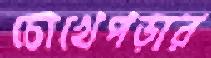
চোখেপড়ার